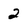
Character: 2